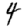
Digit: 4